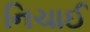
નિચાઈ